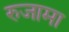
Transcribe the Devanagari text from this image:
रुजामा